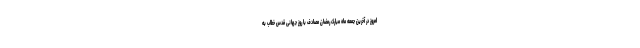
امروز در آخرین جمعه ماه مبارک رمضان مصادف با روز جهانی قدس خطاب به